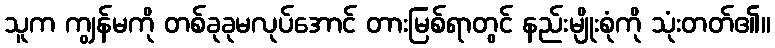
သူက ကျွန်မကို တစ်ခုခုမလုပ်အောင် တားမြစ်ရာတွင် နည်းမျိုးစုံကို သုံးတတ်၏။